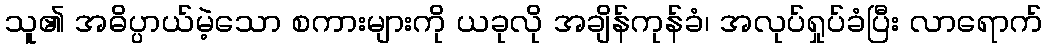
သူ၏ အဓိပ္ပာယ်မဲ့သော စကားများကို ယခုလို အချိန်ကုန်ခံ၊ အလုပ်ရှုပ်ခံပြီး လာရောက်